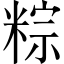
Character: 粽